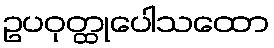
ဥပဝုတ္ထုပေါသထော